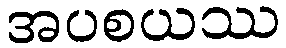
အပစယဿ